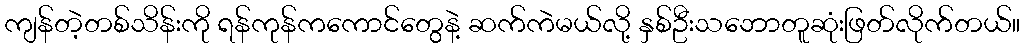
ကျန်တဲ့တစ်သိန်းကို ရန်ကုန်ကကောင်တွေနဲ့ ဆက်ကဲမယ်လို့ နှစ်ဦးသဘောတူဆုံးဖြတ်လိုက်တယ်။